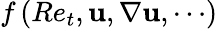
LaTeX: f\left(Re_{t},\mathbf{u},\nabla\mathbf{u},\cdots\right)